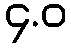
၄.ဝ